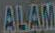
ALAM